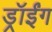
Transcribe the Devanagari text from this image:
ड्रॉईंग